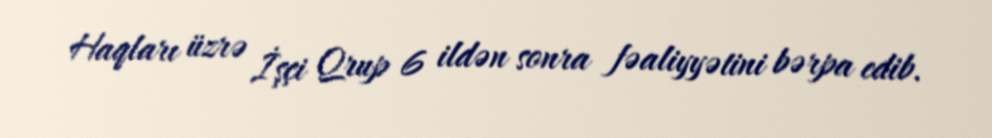
Haqları üzrə İşçi Qrup 6 ildən sonra fəaliyyətini bərpa edib.